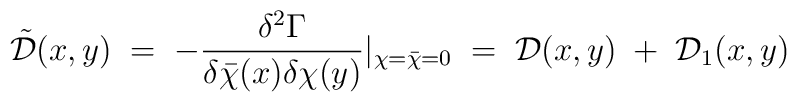
{\tilde{\mathcal D}}(x,y)\;=\;-\frac{\delta^2\Gamma}{\delta{\bar\chi}(x)\delta\chi(y)}|_{\chi={\bar\chi} =0}\;=\;{\mathcal D}(x,y) \;+\; {\mathcal D}_1(x,y)